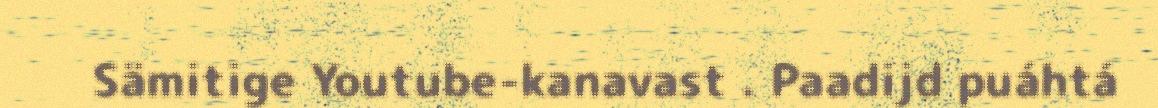
Sämitige Youtube-kanavast . Paadijd puáhtá